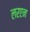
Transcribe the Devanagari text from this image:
लरएन